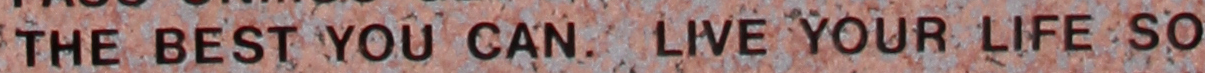
THE BEST YOU CAN. LIVE YOUR LIFE SO